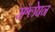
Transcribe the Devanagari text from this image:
संश्लेषन